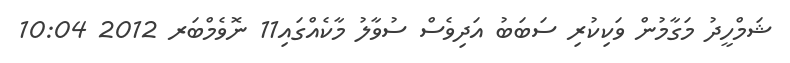
ޝަމްހީދު މަގާމުން ވަކިކުރި ސަބަބު އަދިވެސް ސުވާލު މާކެއްގައި11 ނޮވެމްބަރ 2012 10:04